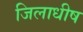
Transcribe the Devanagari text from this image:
जिलाधीष